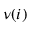
\nu ( i )